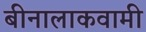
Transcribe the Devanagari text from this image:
बीनालाकवामी